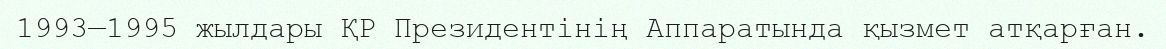
1993—1995 жылдары ҚР Президентінің Аппаратында қызмет атқарған.